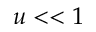
u < < 1